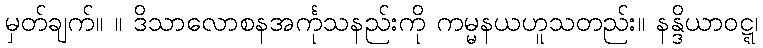
မှတ်ချက်။ ။ ဒိသာလောစနအင်္ကုသနည်းကို ကမ္မနယဟူသတည်း။ နန္ဒိယာဝဋ္ဋ၊